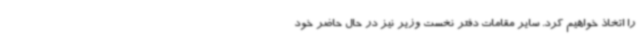
را اتخاذ خواهیم کرد. سایر مقامات دفتر نخست وزیر نیز در حال حاضر خود